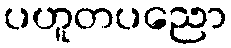
ပဟူတပညော